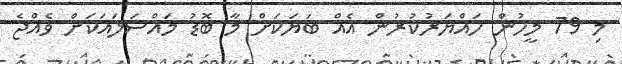
މި 79 މީހުން ހައްޔަރުކުރުން އެއް ބަޔަކަށް މާ ބޮޑު މައްސަލައަކަށް ވެއްޖެ